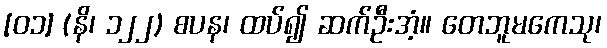
[၀၁] (နိ၊ ၁၂၂) စပန၊ ထပ်၍ ဆက်ဦးအံ့။ တေဘူမကေသု၊